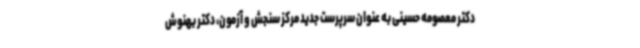
دکتر معصومه حسینی به عنوان سرپرست جدید مرکز سنجش و آزمون، دکتر بهنوش